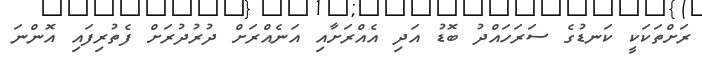
ރަށްތަކަކީ ކަނޑުގެ ސަރަހައްދު ބޮޑު އަދި އެއްރަށާއި އަނެއްރަށް ދުރުދުރަށް ފެތުރިފައި އޮންނަ